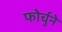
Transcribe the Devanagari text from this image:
फोर्चुने